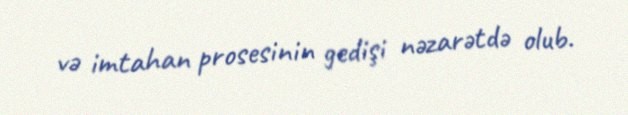
və imtahan prosesinin gedişi nəzarətdə olub.